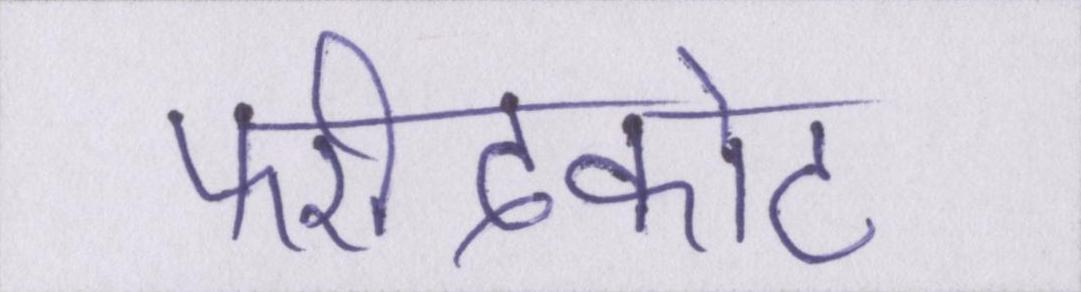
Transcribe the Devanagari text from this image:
फरीदकोट